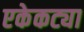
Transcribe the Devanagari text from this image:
एकेकट्या